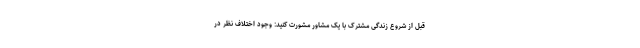
قبل از شروع زندگی مشترک با یک مشاور مشورت کنید: وجود اختلاف نظر در